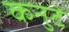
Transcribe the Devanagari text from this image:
कनुटे